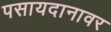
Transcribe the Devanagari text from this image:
पसायदानावर